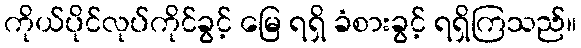
ကိုယ်ပိုင်လုပ်ကိုင်ခွင့် မြေ ရရှိ ခံစားခွင့် ရရှိကြသည်။